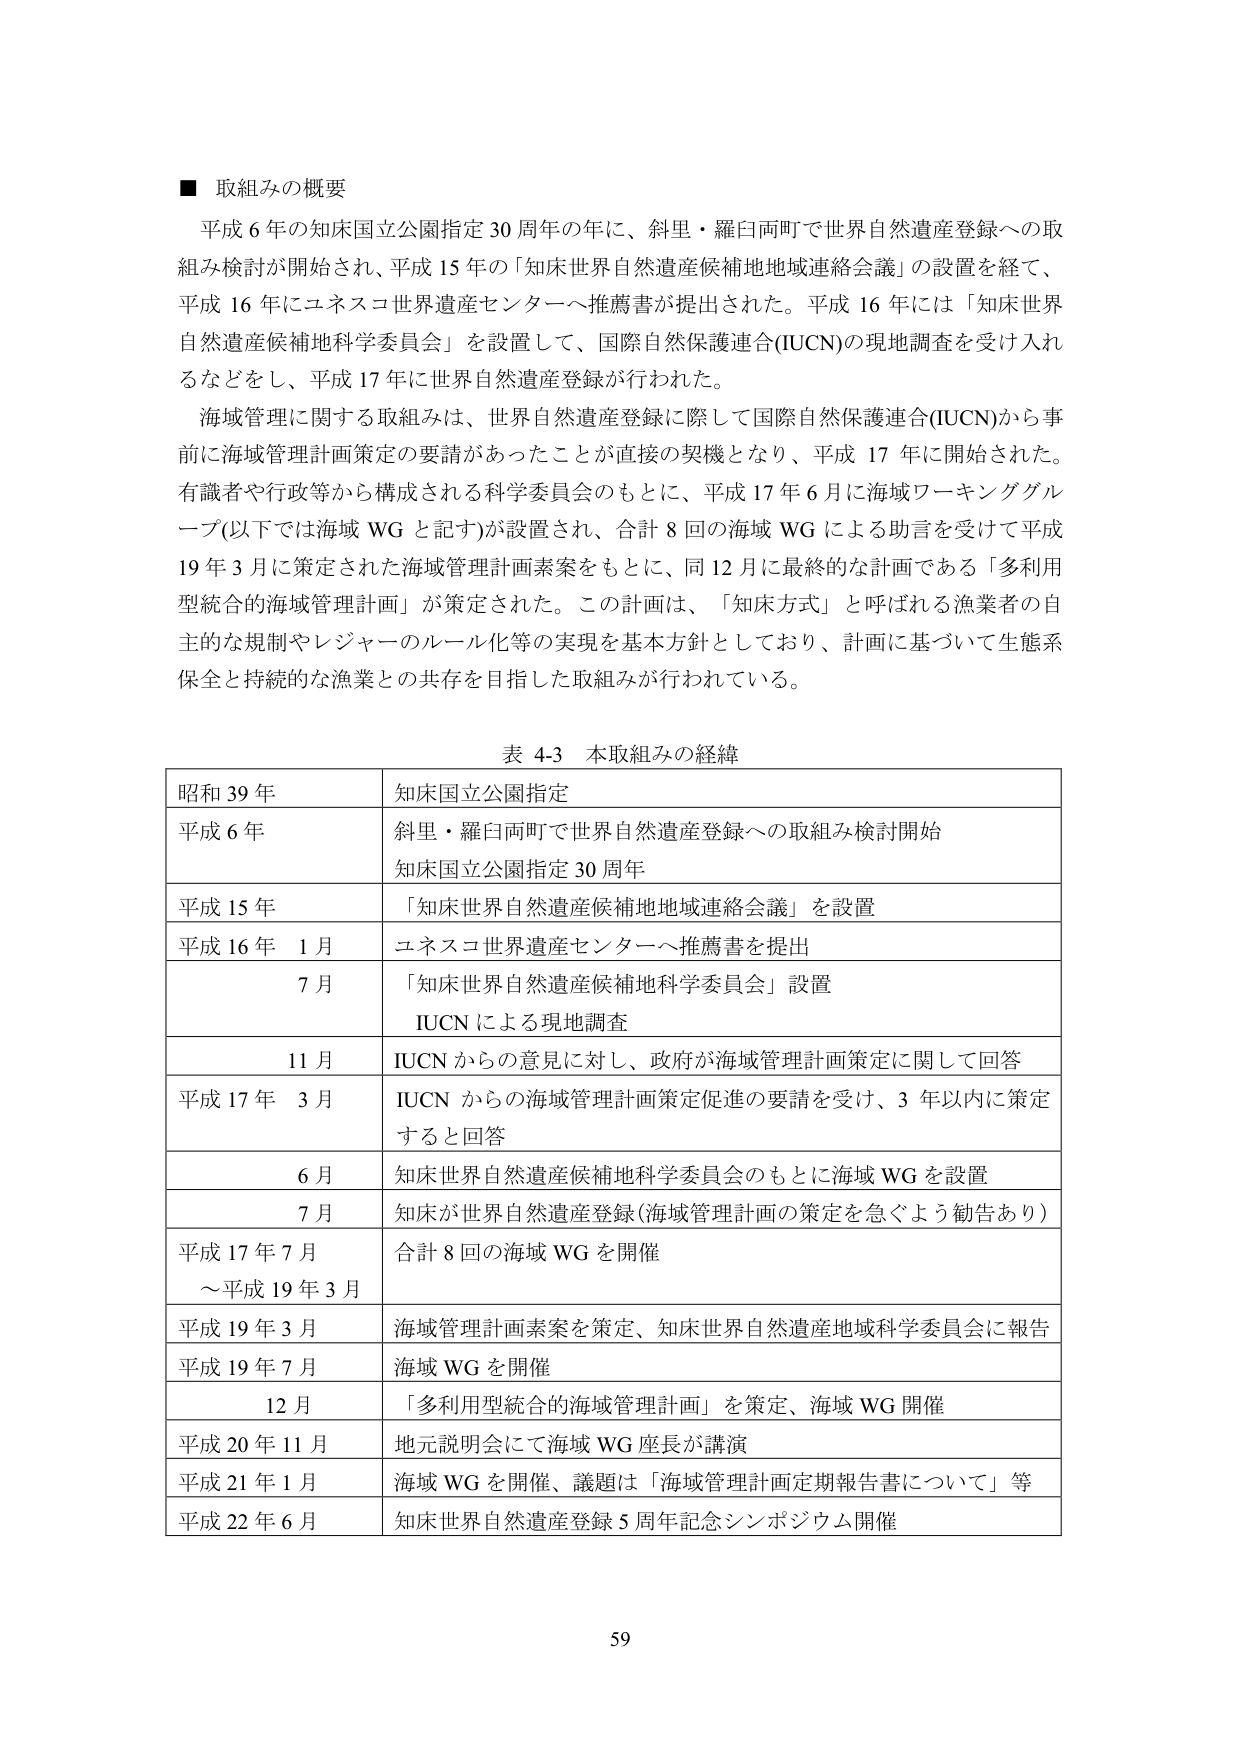
■ 取組みの概要
平成６年の知床国立公園指定３０周年の年に、斜里・羅臼両町で世界自然遺産登録への取組み検討が開始され、平成１５年の「知床世界自然遺産候補地地域連絡会議」の設置を経て、平成１６年にユネスコ世界遺産センターへ推薦書が提出された。平成１６年には「知床世界自然遺産候補地科学委員会」を設置して、国際自然保護連合（IUCN）の現地調査を受け入れるなどをし、平成１７年に世界自然遺産登録が行われた。
海域管理に関する取組みは、世界自然遺産登録に際して国際自然保護連合（IUCN）から事前に海域管理計画策定の要請があったことが直接の契機となり、平成１７年に開始された。有識者や行政等から構成される科学委員会のもとに、平成１７年６月に海域ワーキンググループ（以下では海域WGと記す）が設置され、合計８回の海域WGによる助言を受けて平成１９年３月に策定された海域管理計画素案をもとに、同１２月に最終的な計画である「多利用型統合的海域管理計画」が策定された。この計画は、「知床方式」と呼ばれる漁業者の自主的な規制やレジャーのルール化等の実現を基本方針としており、計画に基づいて生態系保全と持続的な漁業との共存を目指した取組みが行われている。

表 4-3 本取組みの経緯
| 昭和39年 | 知床国立公園指定 |
| 平成6年 | 斜里・羅臼両町で世界自然遺産登録への取組み検討開始 |
| | 知床国立公園指定30周年 |
| 平成15年 | 「知床世界自然遺産候補地地域連絡会議」を設置 |
| 平成16年 1月 | ユネスコ世界遺産センターへ推薦書を提出 |
| 7月 | 「知床世界自然遺産候補地科学委員会」設置 |
| | IUCNによる現地調査 |
| 11月 | IUCNからの意見に対し、政府が海域管理計画策定に関して回答 |
| 平成17年 3月 | IUCNからの海域管理計画策定促進の要請を受け、3年以内に策定すると回答 |
| 6月 | 知床世界自然遺産候補地科学委員会のもとに海域WGを設置 |
| 7月 | 知床が世界自然遺産登録（海域管理計画の策定を急ぐよう勧告あり） |
| 平成17年7月～平成19年3月 | 合計8回の海域WGを開催 |
| 平成19年3月 | 海域管理計画素案を策定、知床世界自然遺産地域科学委員会に報告 |
| 平成19年7月 | 海域WGを開催 |
| 12月 | 「多利用型統合的海域管理計画」を策定、海域WG開催 |
| 平成20年11月 | 地元説明会にて海域WG座長が講演 |
| 平成21年1月 | 海域WGを開催、議題は「海域管理計画定期報告書について」等 |
| 平成22年6月 | 知床世界自然遺産登録5周年記念シンポジウム開催 |

59